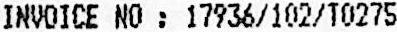
INVOICE NO : 17936/102/T0275